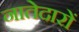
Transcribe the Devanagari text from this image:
नातेदारों